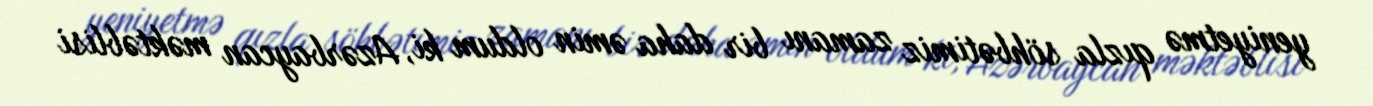
yeniyetmə qızla söhbətimiz zamanı bir daha əmin oldum ki, Azərbaycan məktəblisi